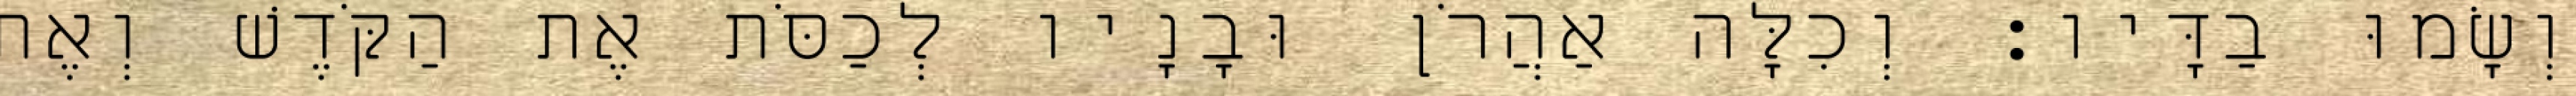
וְשָׂמוּ בַדָּיו׃ וְכִלָּה אַהֲרֹן וּבָנָיו לְכַסֹּת אֶת הַקֹּדֶשׁ וְאֶת